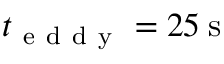
t _ { \mathrm { ~ e ~ d ~ d ~ y ~ } } = 2 5 \: \mathrm { s }